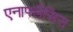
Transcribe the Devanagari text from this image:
एनाफ्लैसिस